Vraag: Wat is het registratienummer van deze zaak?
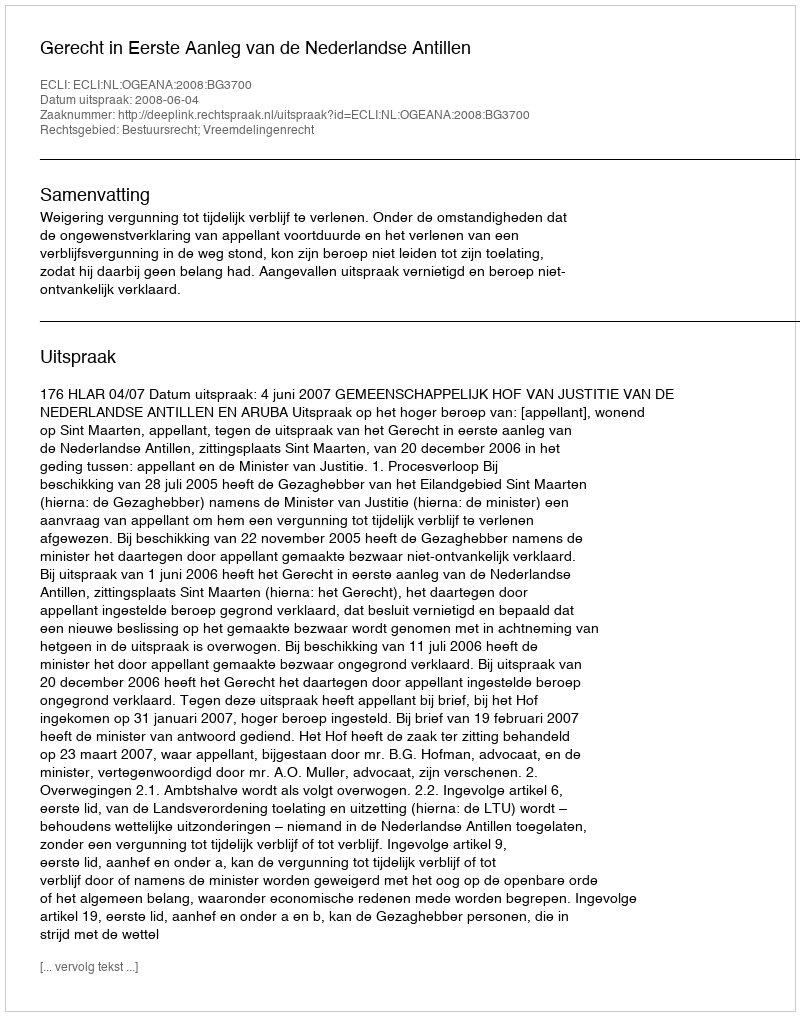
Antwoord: http://deeplink.rechtspraak.nl/uitspraak?id=ECLI:NL:OGEANA:2008:BG3700